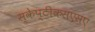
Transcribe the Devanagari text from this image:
स्केप्टीकसएसए